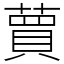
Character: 蕒